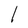
Character: l